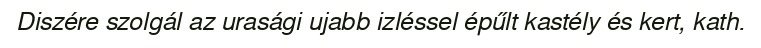
Diszére szolgál az urasági ujabb izléssel épűlt kastély és kert, kath.